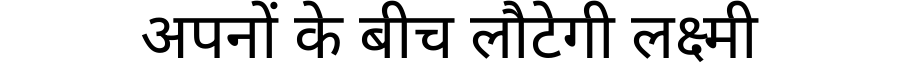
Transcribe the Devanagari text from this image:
अपनों के बीच लौटेगी लक्ष्मी